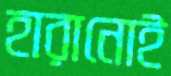
হারানোই